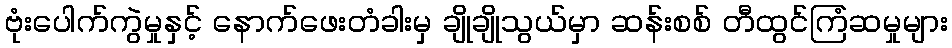
ဗုံးပေါက်ကွဲမှုနှင့် နောက်ဖေးတံခါးမှ ချိုချိုသွယ်မှာ ဆန်းစစ် တီထွင်ကြံဆမှုများ